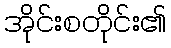
အိုင်းစတိုင်း၏